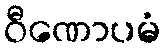
ဝီဏောပမံ